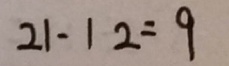
2 1 - 1 2 = 9